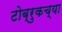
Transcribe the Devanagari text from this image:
टोब्रुकच्या